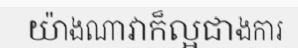
យ៉ាងណាវាក៏ល្អជាងការ